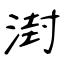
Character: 湗